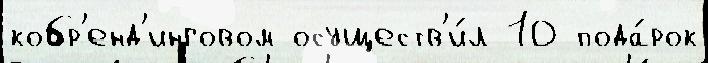
кобр'енд'инговом осуществ'и́л 10 пода́рок